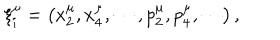
\xi _ { i } ^ { \mu } = \left( x _ { 2 } ^ { \mu } , x _ { 4 } ^ { \mu } , \cdots , p _ { 2 } ^ { \mu } , p _ { 4 } ^ { \mu } , \cdots \right) ,